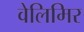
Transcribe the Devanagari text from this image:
वेलिमिर